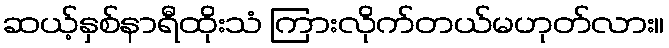
ဆယ့်နှစ်နာရီထိုးသံ ကြားလိုက်တယ်မဟုတ်လား။